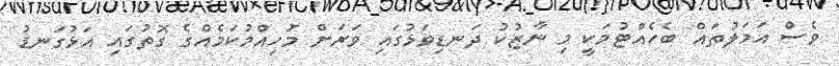
ވެސް އަމަލުތައް ބެހެއްޓުމަކީ މި ނާޒުކު ދަނޑިވަޅުގައި ވަރަށް މުހިއްމުކަމެއްގެ ގޮތުގައި އަޅުގަނޑު